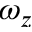
\omega _ { z }